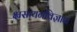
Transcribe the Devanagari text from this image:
क्ष्रसायनविज्ञान